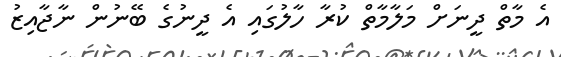
އެ މާތް ދީނަށް މަލާމާތް ކުރާ ހާލުގައި އެ ދީނުގެ ބޭނުން ނާޖާއިޒު